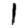
Digit: 1